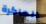
الماكرة